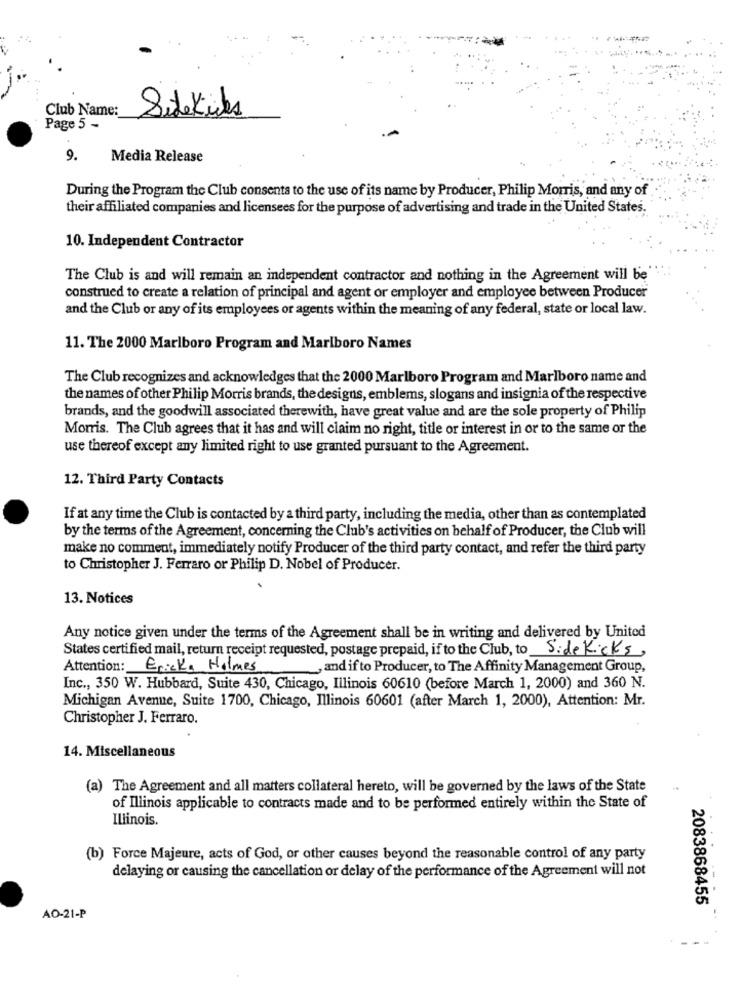
Club Name:
Sidekicks
Page 5 -
9.
Media Release
During the Program the Club consents to the use of its name by Producer, Philip Morris, and any of
their affiliated companies and licensees for the purpose of advertising and trade in the United States.
10. Independent Contractor
The Club is and will remain an independent contractor and nothing in the Agreement will be
construed to create a relation of principal and agent or employer and employee between Producer'
and the Club or any of its employees or agents within the meaning of any federal, state or local law.
11. The 2000 Marlboro Program and Marlboro Names
The Club recognizes and acknowledges that the 2000 Marlboro Program and Marlboro name and
the names of other Philip Morris brands, the designs, emblems, slogans and insignia of the respective
brands, and the goodwill associated therewith, have great value and are the sole property of Philip
Morris. The Club agrees that it has and will claim no right, title or interest in or to the same or the
use thereof except any limited right to use granted pursuant to the Agreement.
12. Third Party Contacts
If at any time the Club is contacted by a third party, including the media, other than as contemplated
by the terms of the Agreement, concerning the Club's activities on behalf of Producer, the Club will
make no comment, immediately notify Producer of the third party contact, and refer the third party
to Christopher J. Ferraro or Philip D. Nobel of Producer.
13. Notices
Any notice given under the terms of the Agreement shall be in writing and delivered by United
States certified mail, return receipt requested, postage prepaid, if to the Club, to Side Kicks,
Attention: Ericka Holmes
and if to Producer, to The Affinity Management Group,
Inc ., 350 W. Hubbard, Suite 430, Chicago, Illinois 60610 (before March 1, 2000) and 360 N.
Michigan Avenue, Suite 1700, Chicago, Illinois 60601 (after March 1, 2000), Attention: Mr.
Christopher J. Ferraro.
14. Miscellaneous
(a) The Agreement and all matters collateral hereto, will be governed by the laws of the State
of Illinois applicable to contracts made and to be performed entirely within the State of
Illinois.
(b) Force Majeure, acts of God, or other causes beyond the reasonable control of any party
delaying or causing the cancellation or delay of the performance of the Agreement will not
2083868455
AO-21-P